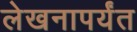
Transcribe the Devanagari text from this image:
लेखनापर्यंत